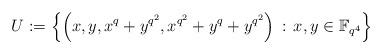
LaTeX: \begin{align*}U := \left\{\left(x,y,x^q+y^{q^2},x^{q^2}+y^q+y^{q^2}\right) \, : \, x,y \in \mathbb{F}_{q^4} \right\}\end{align*}